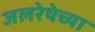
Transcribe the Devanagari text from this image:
जलरेषेच्या